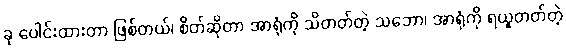
ခု ပေါင်းထားတာ ဖြစ်တယ်၊ စိတ်ဆိုတာ အာရုံကို သိတတ်တဲ့ သဘော၊ အာရုံကို ရယူတတ်တဲ့